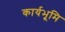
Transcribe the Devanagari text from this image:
कार्यभूमि